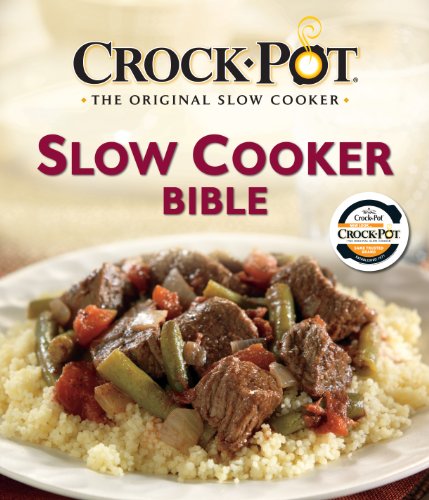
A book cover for Crock-Pot Slow Cooker Bible; Editors of Favorite Brand Name Recipes; Cookbooks, Food & Wine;